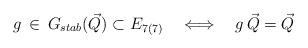
LaTeX: \begin{align*}g \, \in \, G_{stab}({\vec Q}) \subset E_{7(7)} \quad\Longleftrightarrow \quad g \, {\vec Q} = {\vec Q}\end{align*}